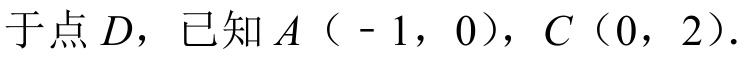
于点\(D\)，已知\(A（ - 1，0）\)，\(C（0，2）\).